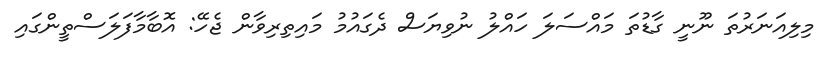
މިލިއަނަރުތަ ނޫނީ ގާޑުތަ މައްސަލަ ހައްލު ނުވިޔަސް ދެގައުމު މައިތިރިވާން ޖެހޭ: އޮބާމާފަލަސްތީންގައި